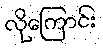
လိုကြောင်း